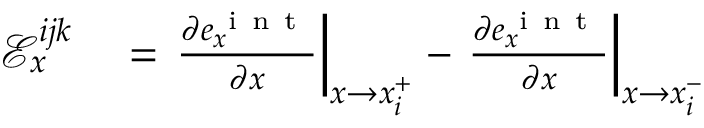
\begin{array} { r l } { \mathcal { E } _ { x } ^ { i j k } } & { { } = \left. \frac { \partial e _ { x } ^ { \mathrm { ~ i ~ n ~ t ~ } } } { \partial x } \right| _ { x \rightarrow x _ { i } ^ { + } } - \left. \frac { \partial e _ { x } ^ { \mathrm { ~ i ~ n ~ t ~ } } } { \partial x } \right| _ { x \rightarrow x _ { i } ^ { - } } } \end{array}